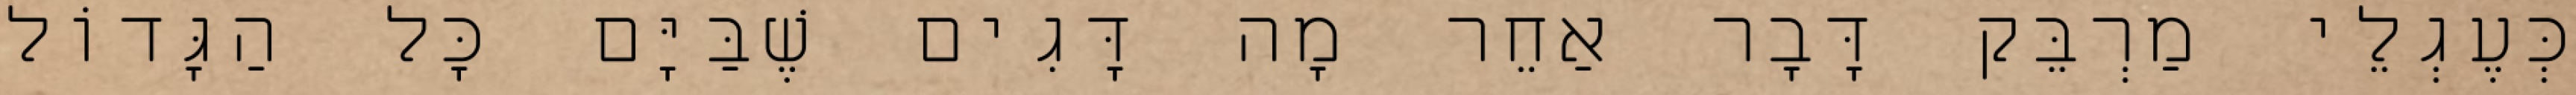
כְּעֶגְלֵי מַרְבֵּק דָּבָר אַחֵר מָה דָּגִים שֶׁבַּיָּם כׇּל הַגָּדוֹל